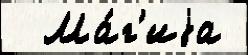
  Ма́г'иjа